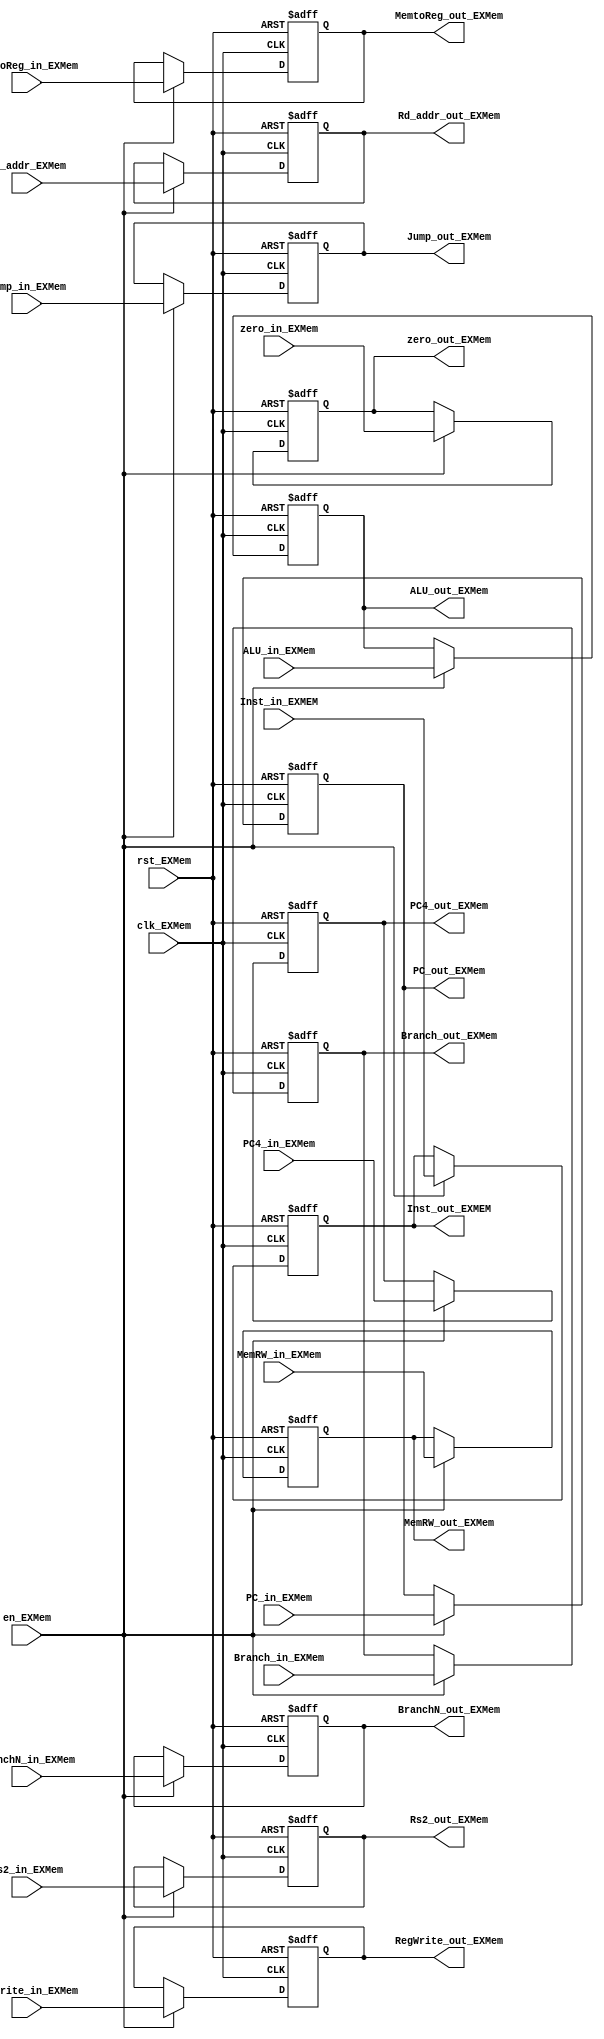
`timescale 1ns / 1ps
//////////////////////////////////////////////////////////////////////////////////
// Company: 
// Engineer: 
// 
// Design Name: 
// Module Name: my_EX_reg_MEM
// Project Name: 
// Target Devices: 
// Tool Versions: 
// Description: 
// 
// Dependencies: 
// 
// Revision:
// Revision 0.01 - File Created
// Additional Comments:
// 
//////////////////////////////////////////////////////////////////////////////////


module my_EX_reg_MEM(
input clk_EXMem, //
input rst_EXMem, //
input en_EXMem, //
input[31:0] PC_in_EXMem, //PC
input[31:0] PC4_in_EXMem, //PC+4
input [4:0] Rd_addr_EXMem, //
input zero_in_EXMem, //zero
input[31:0] ALU_in_EXMem, //ALU
input[31:0] Rs2_in_EXMem, //2
input Branch_in_EXMem, //Beq
input BranchN_in_EXMem, //Bne
input MemRW_in_EXMem, //
input Jump_in_EXMem, //Jal
input [1:0] MemtoReg_in_EXMem, //
input RegWrite_in_EXMem, //
output reg[31:0] PC_out_EXMem, //PC
output reg[31:0] PC4_out_EXMem, //PC+4
output reg[4:0] Rd_addr_out_EXMem, //
output reg zero_out_EXMem, //zero
output reg[31:0] ALU_out_EXMem, //ALU
output reg[31:0] Rs2_out_EXMem, //2
output reg Branch_out_EXMem, //Beq
output reg BranchN_out_EXMem, //Bne
output reg MemRW_out_EXMem, //
output reg Jump_out_EXMem, //Jal
output reg [1:0]MemtoReg_out_EXMem, //
output reg RegWrite_out_EXMem, //
input [31:0]Inst_in_EXMEM,
output reg [31:0]Inst_out_EXMEM
 );
 
always @(negedge clk_EXMem or posedge rst_EXMem)
if (rst_EXMem==1)begin
     PC_out_EXMem = 0;//PC
     Rd_addr_out_EXMem = 0; //
     PC4_out_EXMem= 0;//1
     Rs2_out_EXMem= 0; //2
     zero_out_EXMem= 0 ; //
      ALU_out_EXMem= 0 ; //ALU B
          Branch_out_EXMem= 0; //Beq
          BranchN_out_EXMem= 0; //Bne
          MemRW_out_EXMem= 0; //
          Jump_out_EXMem= 0; //Jal
         MemtoReg_out_EXMem = 0; //
         RegWrite_out_EXMem = 0; //
         Inst_out_EXMEM = 0;
end
else if (en_EXMem == 1)begin 
   PC_out_EXMem = PC_in_EXMem;//PC
    Rd_addr_out_EXMem = Rd_addr_EXMem; //
    PC4_out_EXMem=  PC4_in_EXMem;//;//1
    Rs2_out_EXMem= Rs2_in_EXMem;//; //2
    zero_out_EXMem= zero_in_EXMem; //
      ALU_out_EXMem= ALU_in_EXMem; //ALU B
      Branch_out_EXMem= Branch_in_EXMem; //Beq
      BranchN_out_EXMem= BranchN_in_EXMem; //Bne
      MemRW_out_EXMem= MemRW_in_EXMem; //
      Jump_out_EXMem= Jump_in_EXMem; //Jal
     MemtoReg_out_EXMem = MemtoReg_in_EXMem; //
     RegWrite_out_EXMem = RegWrite_in_EXMem; //
     Inst_out_EXMEM = Inst_in_EXMEM;
end
endmodule